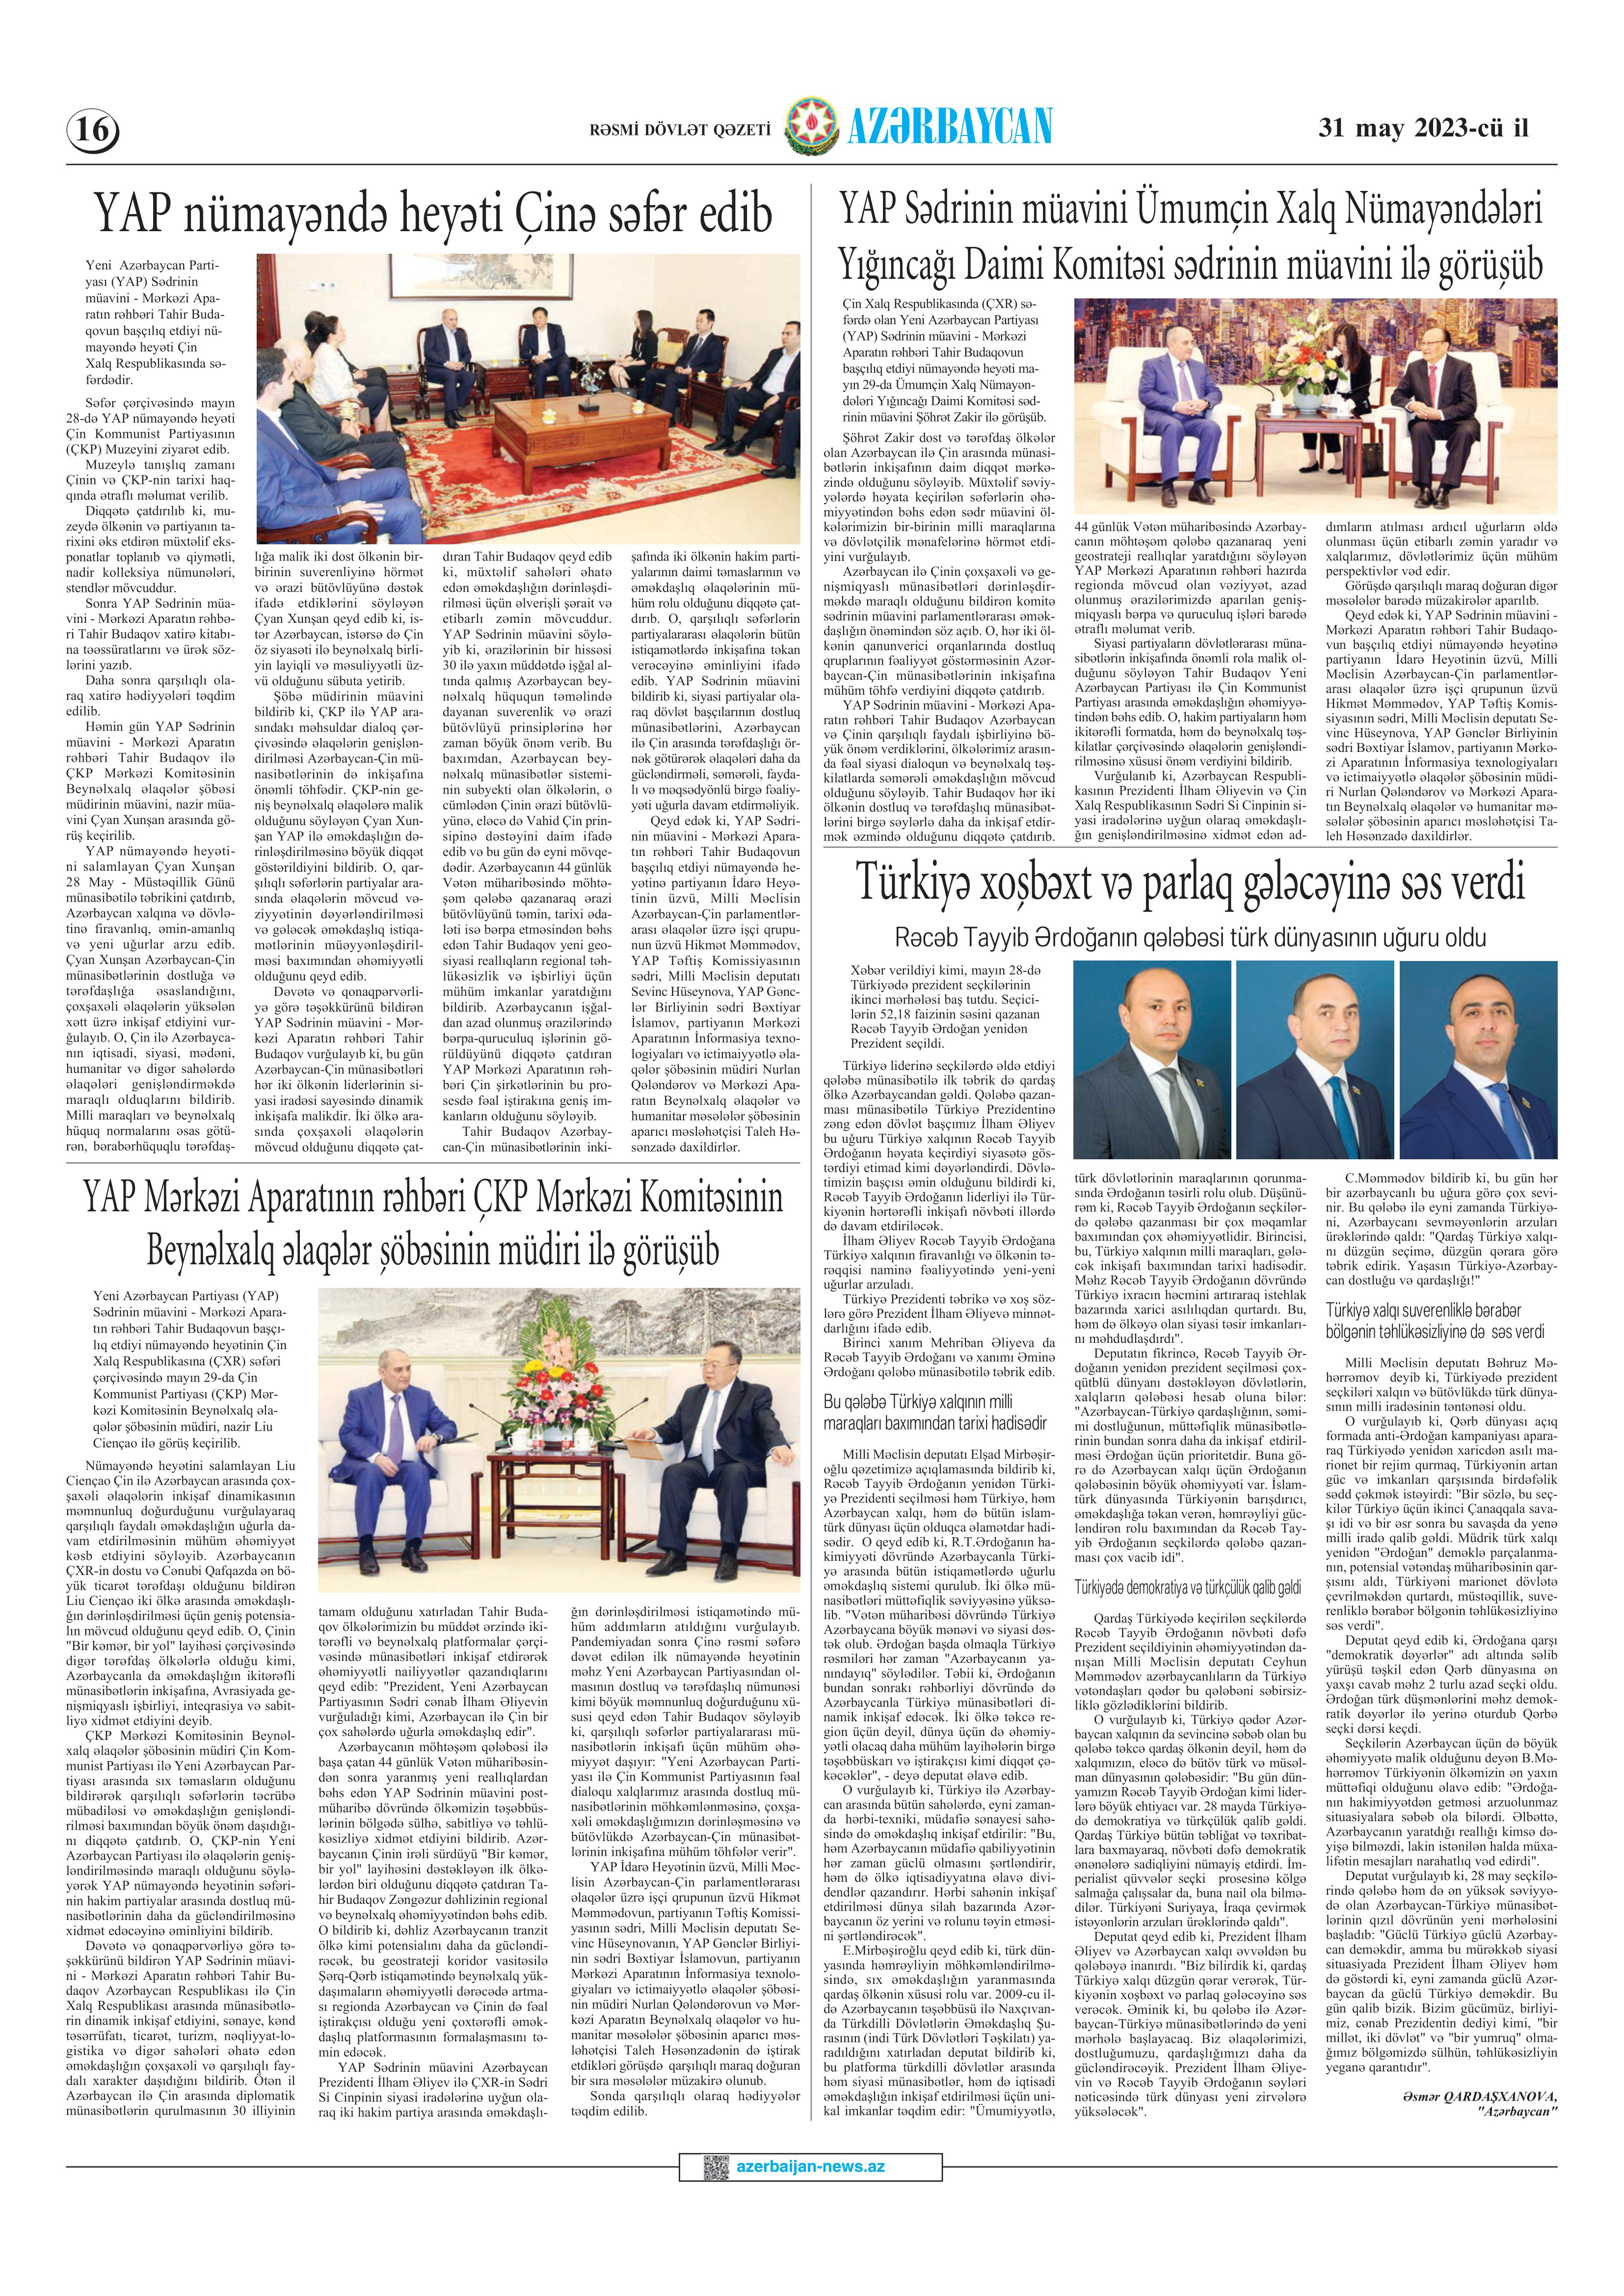
Language: az